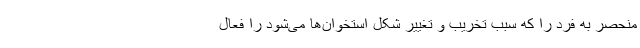
منحصر به فرد را که سبب تخریب و تغییر شکل استخوان‌ها می‌شود را فعال